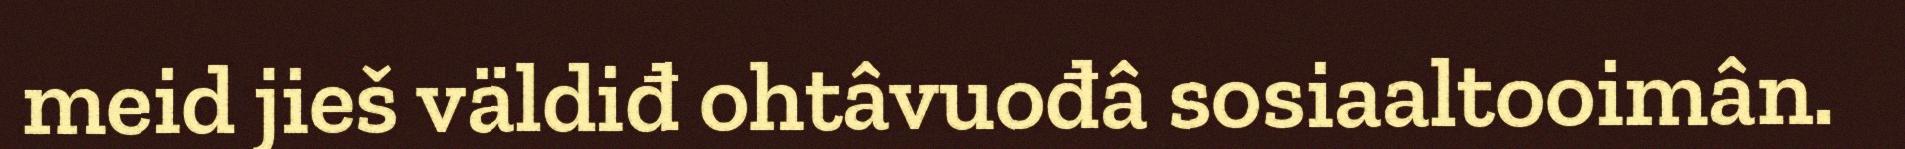
meid jieš väldiđ ohtâvuođâ sosiaaltooimân.